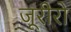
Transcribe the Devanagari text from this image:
जूरीरो